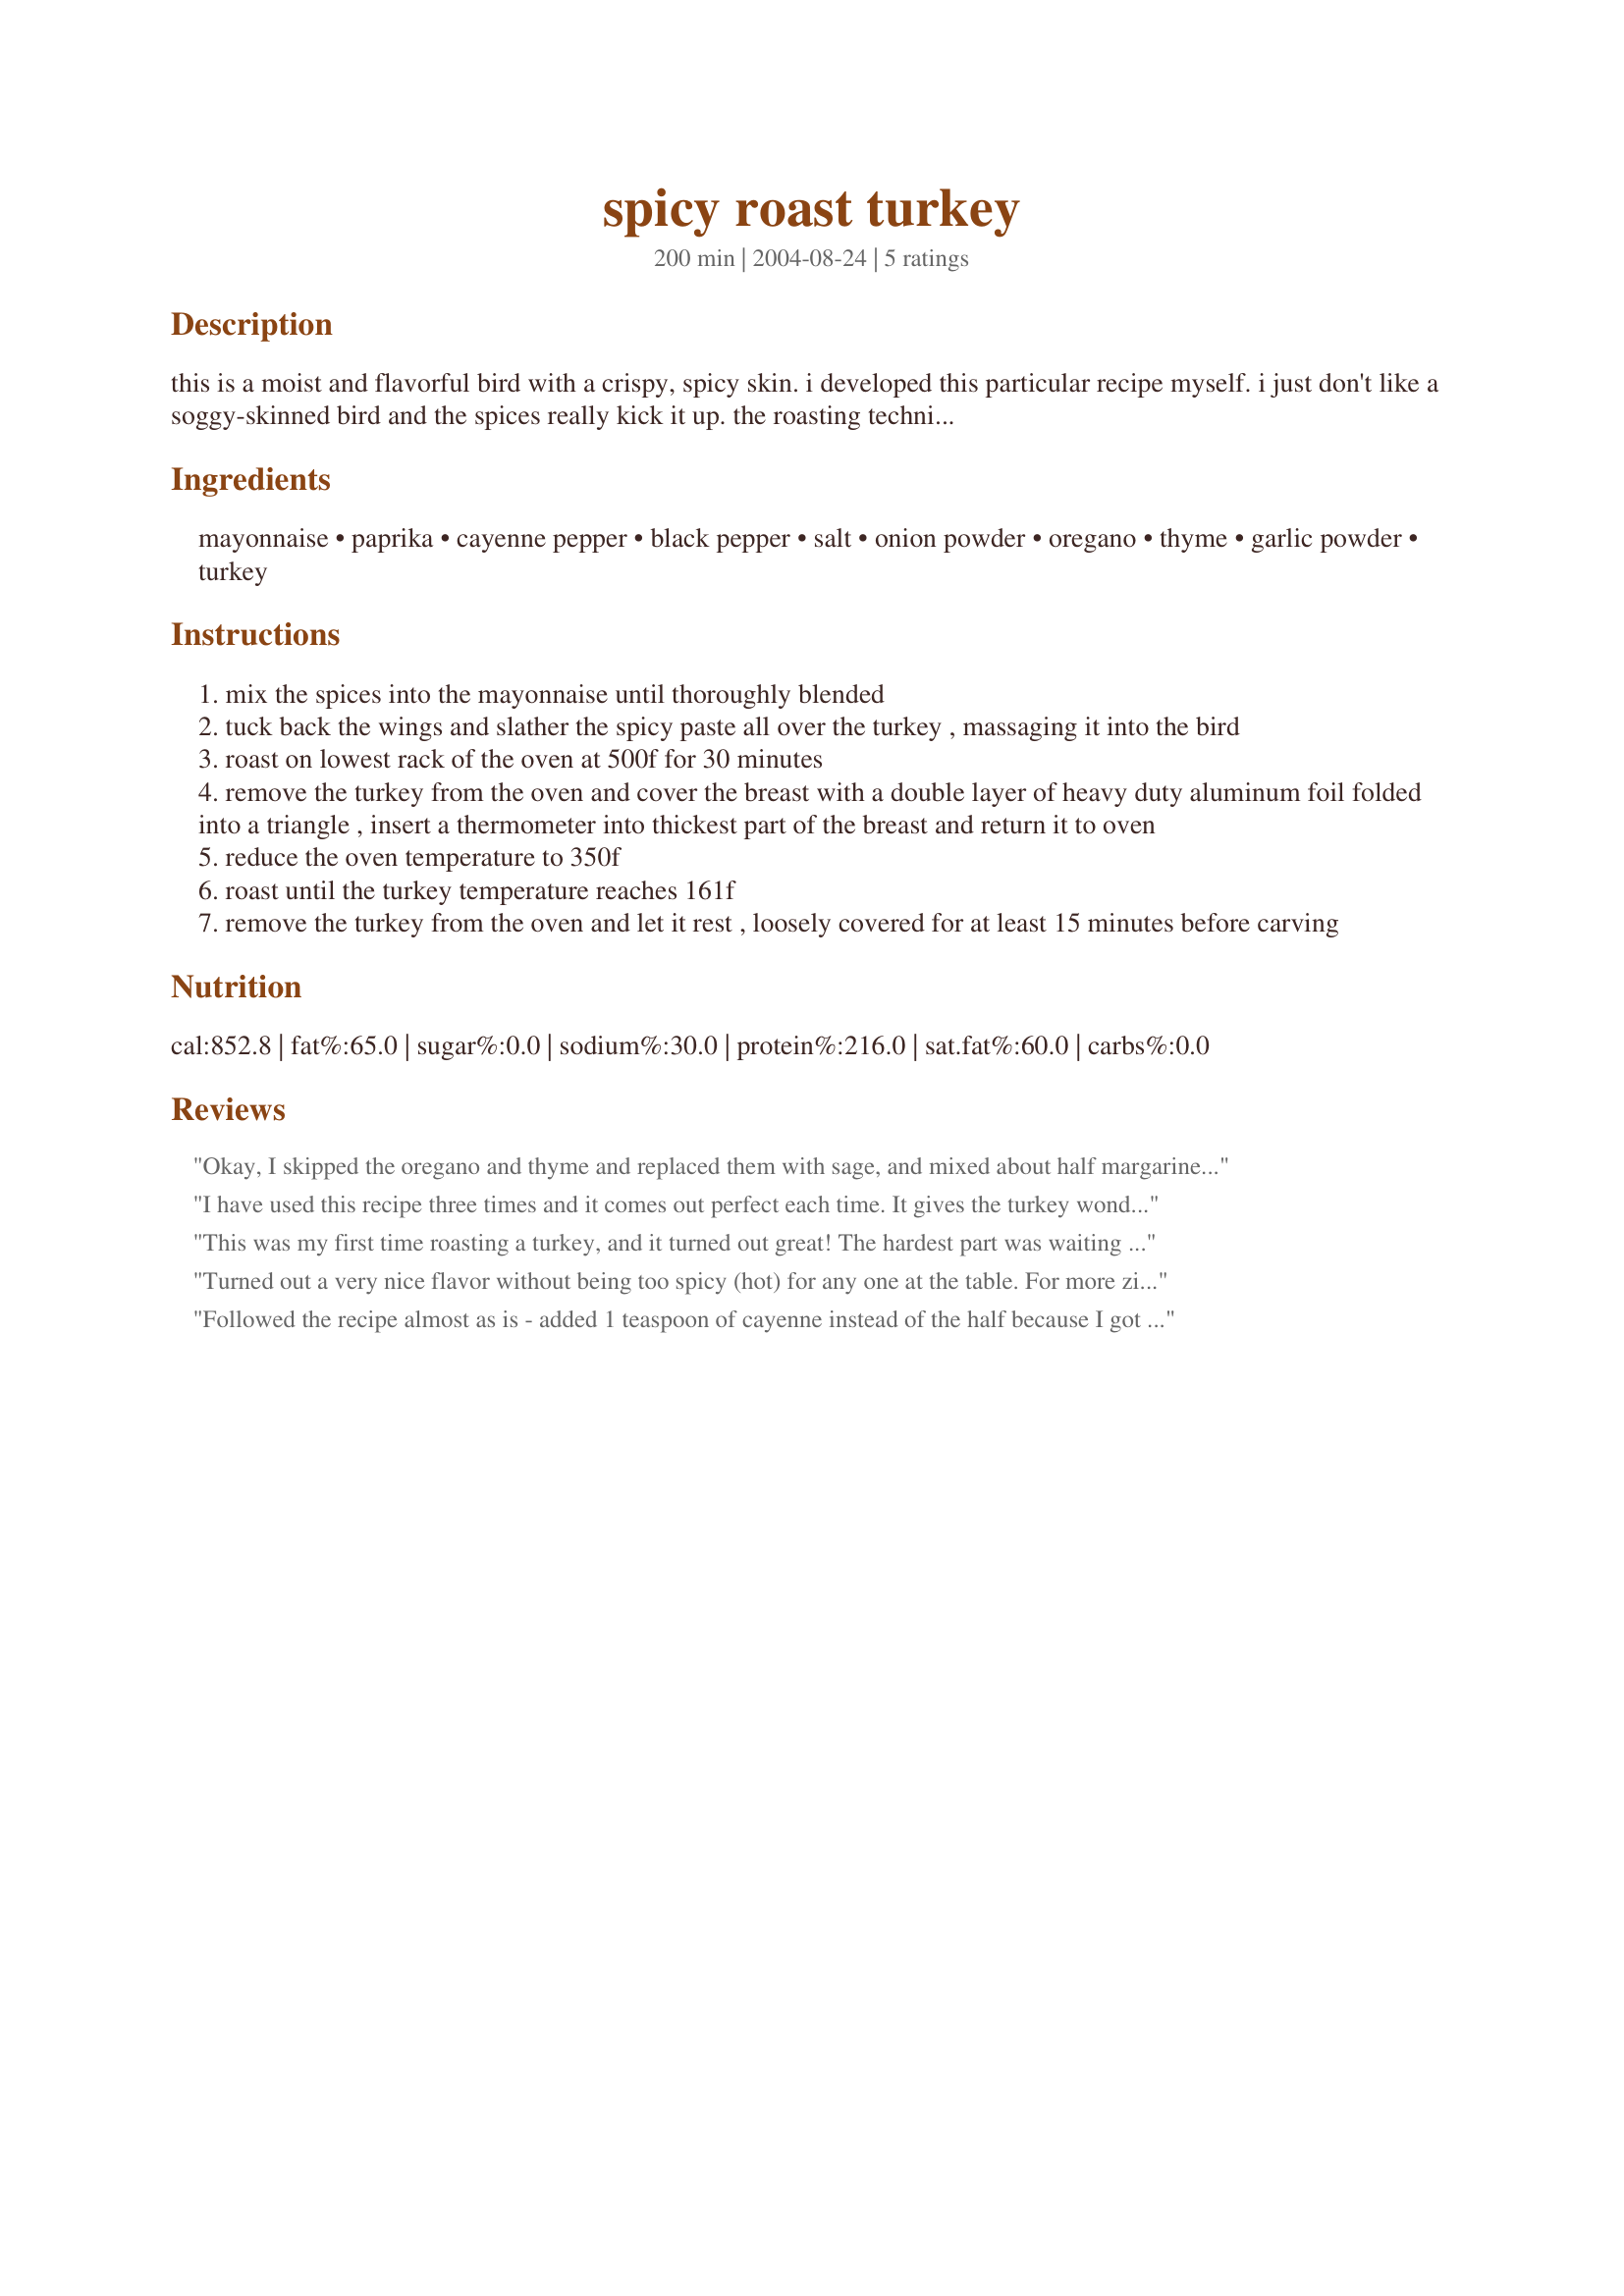
spicy roast turkey
Preparation time: 200 minutes

this is a moist and flavorful bird with a crispy, spicy skin. i developed this particular recipe myself. i just don't like a soggy-skinned bird and the spices really kick it up. the roasting technique is my adaptation of alton brown's good eats turkey. the photograph that i included is actually a deboned bird that made for thanksgiving 2003. the turkey (especially the leftovers) loses much of the gamy flavor if it has been deboned prior to roasting and it is so much easier to slice!

Ingredients:
mayonnaise, paprika, cayenne pepper, black pepper, salt, onion powder, oregano, thyme, garlic powder, turkey

Steps:
mix the spices into the mayonnaise until thoroughly blended
tuck back the wings and slather the spicy paste all over the turkey , massaging it into the bird
roast on lowest rack of the oven at 500f for 30 minutes
remove the turkey from the oven and cover the breast with a double layer of heavy duty aluminum foil folded into a triangle , insert a thermometer into thickest part of the breast and return it to oven
reduce the oven temperature to 350f
roast until the turkey temperature reaches 161f
remove the turkey from the oven and let it rest , loosely covered for at least 15 minutes before carving

Reviews:
Okay, I skipped the oregano and thyme and replaced them with sage, and mixed about half margarine spread with half mayo. Otherwise I followed the recipe exactly after brining my turkey. The smoke detector went off about 15 minutes into the cooking, so I just took out the battery. We couldn't believe how brown the skin got! My sister kept asking if the turkey was burned, until I showed her the picture. Anyway, this was the best turkey I've ever eaten. I'll keep this recipe for future reference!
I have used this recipe three times and it comes out perfect each time. It gives the turkey wonderful flavor without being spicy. My kids love it and my son can&#039;t handle anything spicy. The skin also has a great crunch while the meat is super juicy and moist throughout. I make this every Thanksgiving and even on Christmas. Its everyone&#039;s favorite.

I do make a few substitutions. I use 2 tsp of fresh minced garlic instead of garlic powder. I also use 1/2 sweet onion, minced instead of onion powder. Garlic powder and onion powder give me terrible heart burn. So I use the fresh ingredients instead.
This was my first time roasting a turkey, and it turned out great! The hardest part was waiting for it to get done! I really liked the spice mixture...not too hot but you could definitely tell there was some zip to it. The meat was so juicy and moist. Thanks so much for posting!!
Turned out a very nice flavor without being too spicy (hot) for any one at the table. For more zip could increase the cayenne slightly. Had a wonderful crispiness.

Instead of mayo, I used olive oil, and instead of covering the breast with foil, I turned the turkey breast down after the first 30 minutes. Next time I may brine it, or keep the temp down to 160 (as per recipe) instead of 175 for moister breastmeat.
Followed the recipe almost as is - added 1 teaspoon of cayenne instead of the half because I got the extra kick. I received many compliments on the flavor. I also used an apple juice brine recipe (google it) for the juicy texture. Brining is KEY to any sucessful turkey. I will most definetly use this recipe again! It's too easy!
